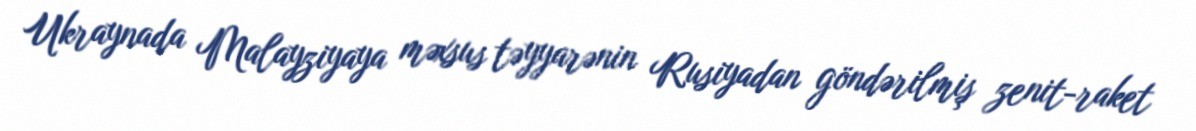
Ukraynada Malayziyaya məxsus təyyarənin Rusiyadan göndərilmiş zenit-raket